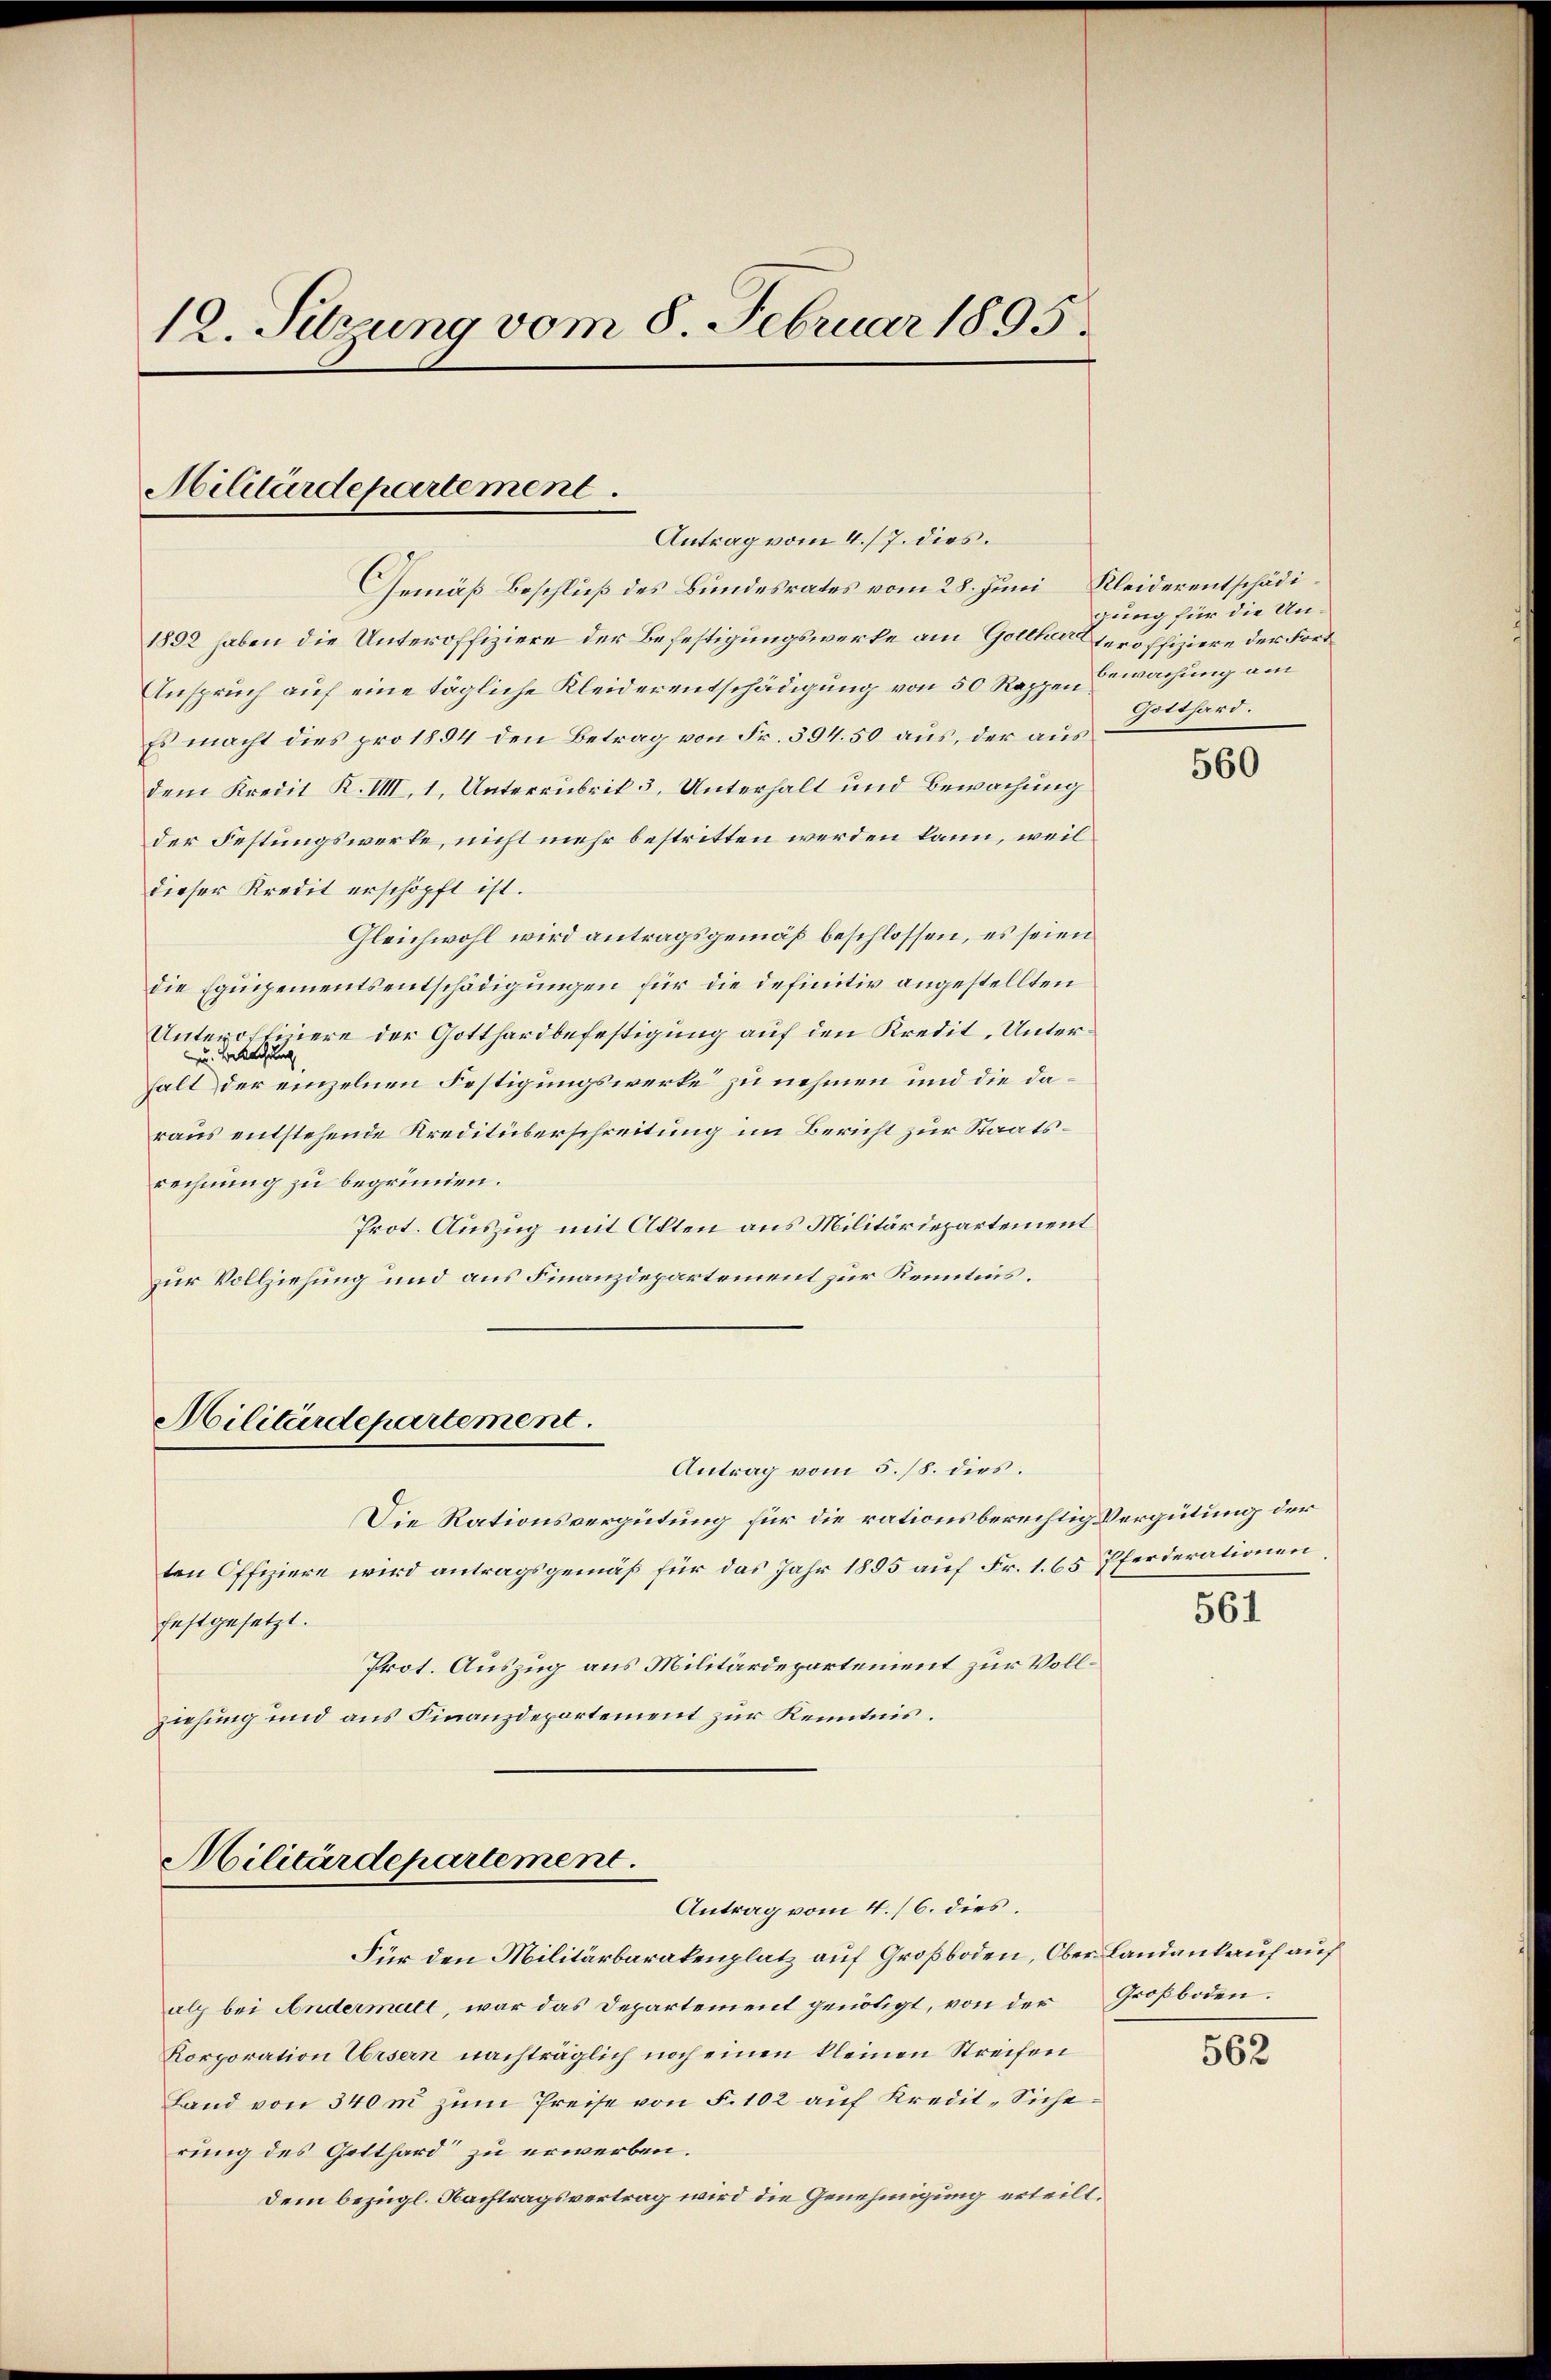
12. Sitzung vom 8. Februar 1895.

Militärdepartement.
Antrag vom 4./7. dies.

Gemäß Beschluß des Bundesrates vom 28. Juni Kleiderentschädi¬
1892 haben die Unteroffiziere der Befestigungswerke am Gottharteroffiziere der Fort¬
Anspruch auf eine tägliche Kleiderentschädigung von 50 Rappen Bewachung am
Es macht dies pro 1894 den Betrag von Fr. 394.50 aus, der aus
dem Kredit K. VIII, 1, Unterrubrik 3, Unterhalt und Bewachung
der Festungswerke, nicht mehr bestritten werden kann, weil
dieser Kredit erschöpft ist.
Gleichwohl wird antragsgemäß beschlossen, es seien
die Equipementsentschädigungen für die definitiv angestellten
Unteroffinere der Gotthardbefestigung auf den Kredit, Unter¬
Zu Besuchung
halt der einzelnen Festigungswerke zu nehmen und die daraus entstehende Kreditüberschreitung im Bericht zur Staatsrechnung zu begründen.
Prot. Auszug mit Alten aus Militärdepartement
zur Vollziehung und aus Finanzdepartement zur Kenntnis.

Militärdepartement.

Militärdepartement.

gung für die Un¬
Gotthard.

Antrag vom 4. 16. dies.
Für den Militärbarakenplatz auf Großboden, Ober Landankauf auf
alz bei Andermatt, war das Departement genötigt, von der Großboden.
Korporation Ursern nachträglich noch einen kleinen Streifen
Land von 340 m zŭm Preise von F. 102 auf Kredit-Sicherung des Gotthard zu erwerben.
Dem bezügl. Nachtragsvertrag wird die Genehmigung erteilt.

Antrag vom 5./8. dies:
Die Rationsvergütung für die rationsberechtig Vergütung der
ten Offiziere wird antragsgemäß für das Jahr 1855 auf Fr. 1. 65 Pferderationen
festgesetzt.
Prot. Auszug aus Militärdepartement zur Vollziehung und aus Finanzdepartement zur Kenntnis.

560

561

562